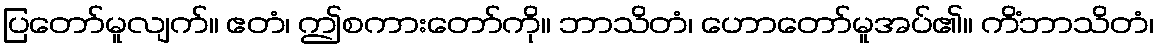
ပြတော်မူလျက်။ ဧတံ၊ ဤစကားတော်ကို။ ဘာသိတံ၊ ဟောတော်မူအပ်၏။ ကိံဘာသိတံ၊